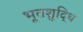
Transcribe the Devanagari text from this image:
भूतशुद्धि